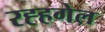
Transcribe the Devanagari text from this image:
रह्हगेल